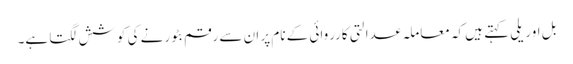
بل اوریلی کہتے ہیں کہ معاملہ عدالتی کارروائی کے نام پر ان سے رقم بٹورنے کی کوشش لگتا ہے۔